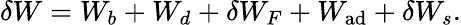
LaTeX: \delta W=W_{b}+W_{d}+\delta W_{F}+W_{\mathrm{ad}}+\delta W_{s}.